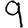
Digit: 9